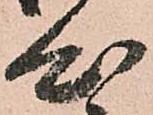
心